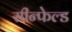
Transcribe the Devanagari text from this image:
सीन्फेल्ड